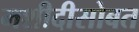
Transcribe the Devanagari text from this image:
मशीदीसोबत